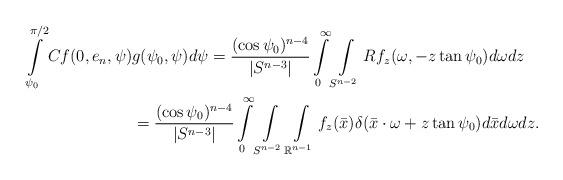
LaTeX: \begin{align*}\int\limits_{\psi_0}^{\pi/2}Cf(0,e_n,\psi)&g(\psi_0,\psi)d\psi=\frac{(\cos\psi_0)^{n-4}}{|S^{n-3}|} \int\limits_0^\infty \int\limits_{S^{n-2}} Rf_z(\omega,-z\tan\psi_0) d\omega dz\\&=\frac{(\cos\psi_0)^{n-4}}{|S^{n-3}|} \int\limits_0^\infty \int\limits_{S^{n-2}} \int\limits_{\mathbb{R}^{n-1}} f_z(\bar{x}) \delta(\bar{x}\cdot \omega+z\tan\psi_0)d\bar{x} d\omega dz.\end{align*}